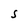
Character: S